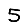
Digit: 5